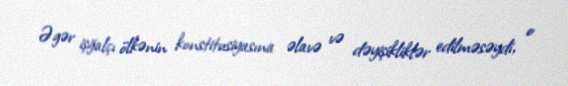
Əgər işğalçı ölkənin konstitusiyasına əlavə və dəyişikliklər edilməsəydi, o